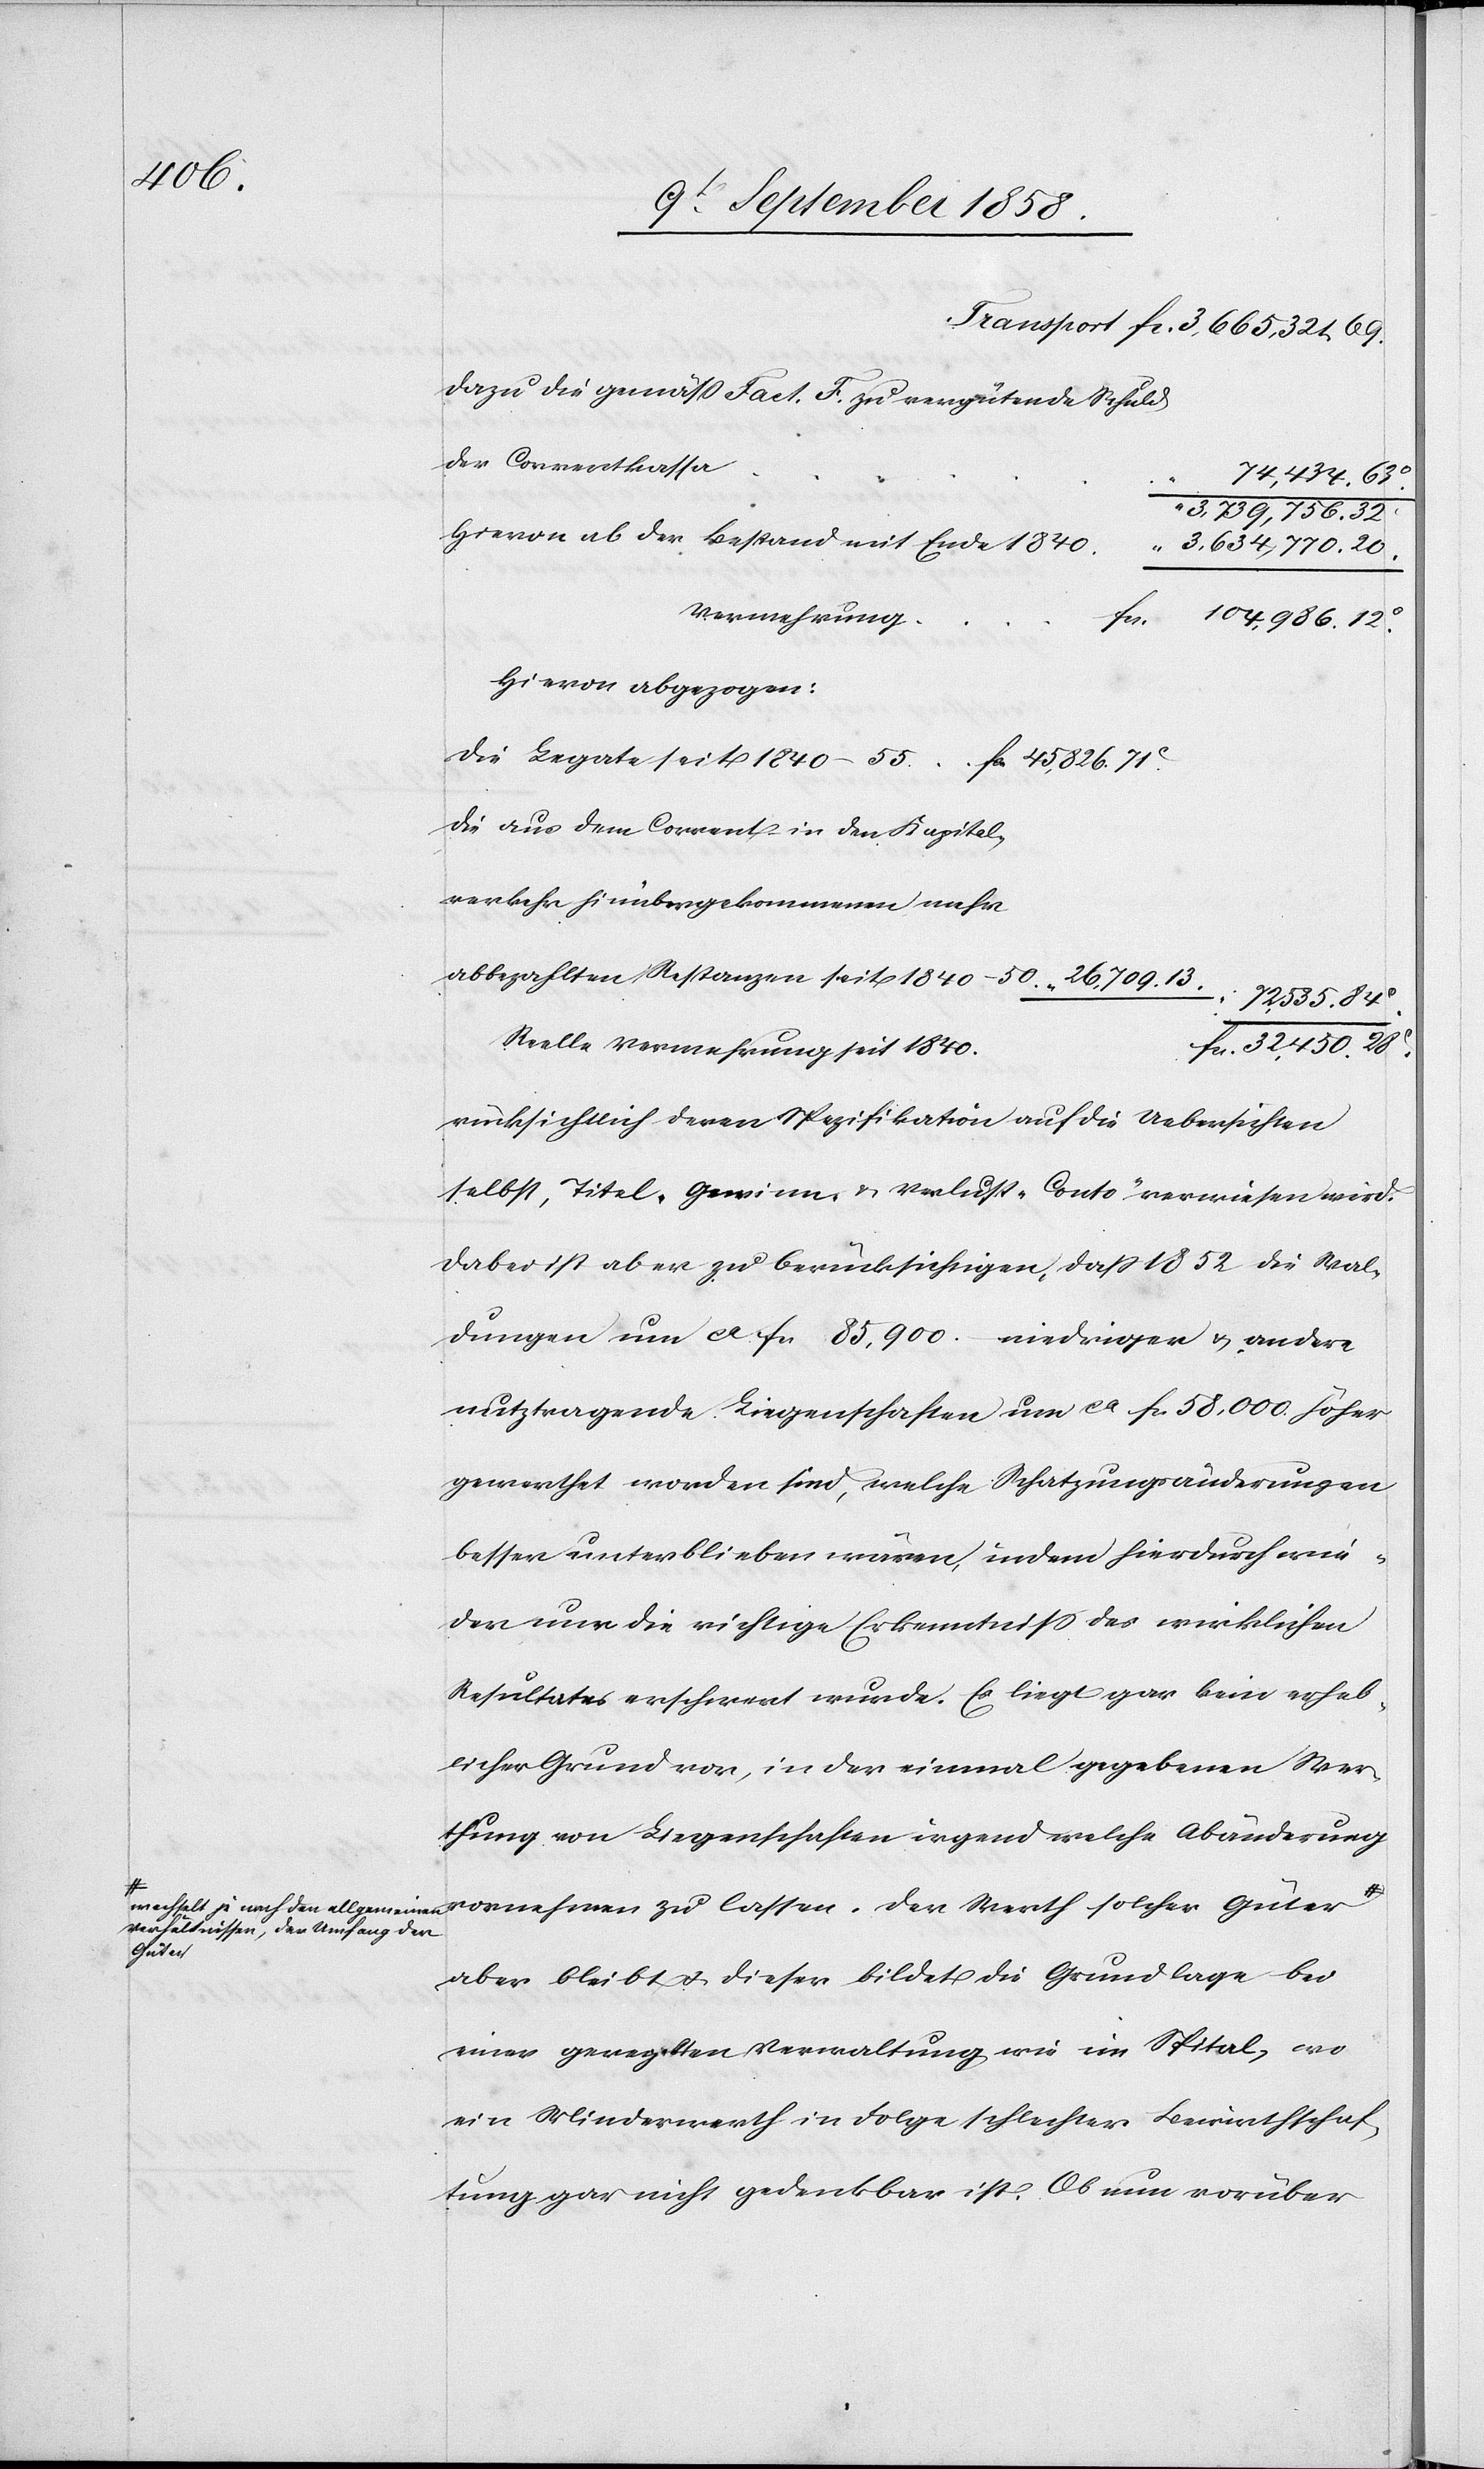
1840–55

Dazu die gemäss Fact. F. zu vergütende Schuld
der Correntkassa
3,739,756. 32c
Hievon ab der Bestand mit Ende 1840
“ 3,634,770. 20.
Vermehrung
fcs. 104,986. 12c.
Hievon abgezogen:
Die aus dem Corrent- in den Kapital¬
verkehr hinübergekommenen mehr
abbezahlten Restanzen seit 1840–50.
72,535. 84c.
Reelle Vermehrung seit 1840.
fcs. 32,450. 28c.
rücksichtlich deren Spezifikation auf die Uebersichten
selbst, Titel „Gewinn- & Verlust-Conto“ verwiesen wird.
Dabei ist aber zu berücksichtigen, dass 1852 die Wal¬
dungen um ca fcs. 85,900.– niederiger & andere
nutztragende Liegenschaften um ca fcs. 58,000. höher
gewerthet worden sind, welche Schatzungsänderungen
besser unterblieben wären, indem hierdurch wie¬
der nur die richtige Erkenntniss des wirklichen
Resultates erschwert wurde. Es liegt gar kein erheb¬
licher Grund vor, in der einmal gegebenen Wer¬
thung von Liegenschaften irgend welche Abänderung
Güter-a
aber bleibt & dieser bildet die Grundlage bei
einer geregelten Verwaltung wie im Spital, wo
ein Minderwerth in Folge schlechter Bewirthschaf¬
tung gar nicht gedenkbar ist. Ob nun vorüber[-]